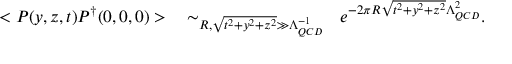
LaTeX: < { \cal P } ( y , z , t ) { \cal P } ^ { \dag } ( 0 , 0 , 0 ) > ~ ~ \sim _ { R , \sqrt { t ^ { 2 } + y ^ { 2 } + z ^ { 2 } } \gg \Lambda _ { Q C D } ^ { - 1 } } ~ ~ e ^ { - 2 \pi R \sqrt { t ^ { 2 } + y ^ { 2 } + z ^ { 2 } } \Lambda _ { Q C D } ^ { 2 } } .